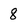
Character: 8